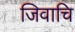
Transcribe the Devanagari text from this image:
जिवाचि